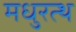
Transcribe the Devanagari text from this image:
मधुरत्थ